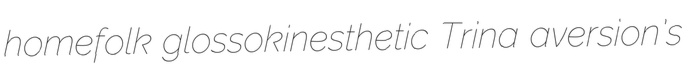
homefolk glossokinesthetic Trina aversion's